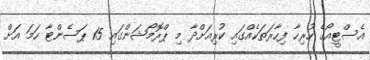
އެސްޓީއޯގެ ހުރިހާ ފިހާރަތަކެއްގައި ކުރިއަށްދާ މި ޕްރޮމޯޝަންގައި 15 ޕަސެންޓާ ހަމަ އަށް